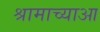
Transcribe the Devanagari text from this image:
श्रामाच्याआ